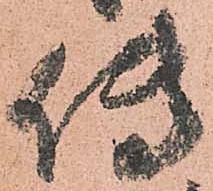
傳